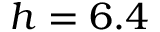
h = 6 . 4